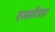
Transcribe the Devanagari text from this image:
एससीआइ